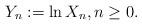
LaTeX: \begin{align*}Y_n := \ln X_n,n \geq 0.\end{align*}